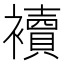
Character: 襩